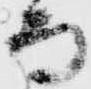
而